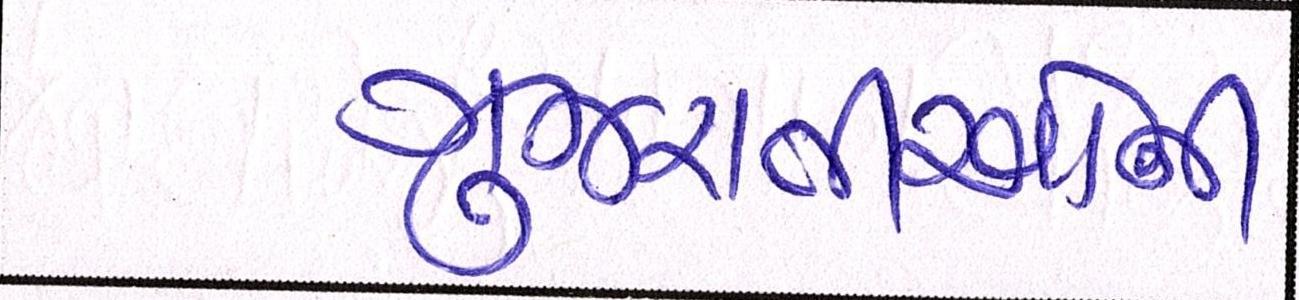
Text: ગુજરાતીઓની